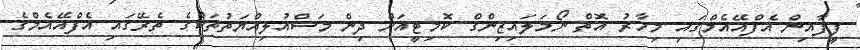
ފީފާއިން އެފްއޭއެމްގައި މިހާރު އޮތް ނޯމަލައިޒިންގް ކޮމިޓީއަށް ދިން މަސްއުލިއްޔަތުތަކުގެ ތެރޭގައި އެފްއޭއެމްގެ